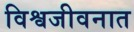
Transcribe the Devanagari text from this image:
विश्वजीवनात